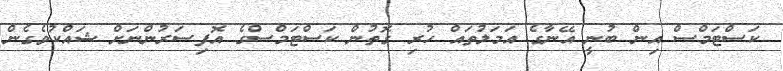
ކަސްޓަމްސް އިން ބުނީ އޭނާގެ އަމަލުތައް ހުރި ގޮތުން ކަސްޓަމްސްގެ އޮފިސަރުންނަށް ޝައްކުވެގެން